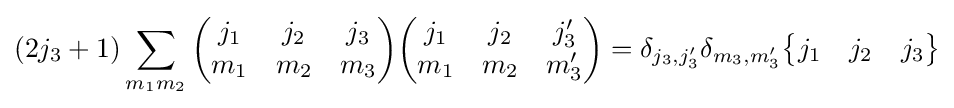
(2j_{3}+1)\sum _{m_{1}m_{2}}{\begin{pmatrix}j_{1}&j_{2}&j_{3}\\m_{1}&m_{2}&m_{3}\end{pmatrix}}{\begin{pmatrix}j_{1}&j_{2}&j'_{3}\\m_{1}&m_{2}&m'_{3}\end{pmatrix}}=\delta _{j_{3},j'_{3}}\delta _{m_{3},m'_{3}}{\begin{Bmatrix}j_{1}&j_{2}&j_{3}\end{Bmatrix}}